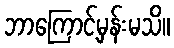
ဘာကြောင့်မှန်းမသိ။